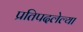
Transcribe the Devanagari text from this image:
प्रतिपदलेल्या